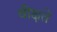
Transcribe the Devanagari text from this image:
वीक्षते